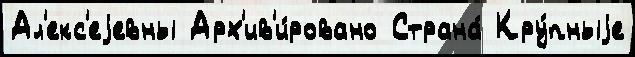
Ал'екс'еjевны Арх'ив'и́ровано Страна́ Кру́пныjе